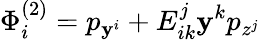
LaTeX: \Phi_{i}^{\left(2\right)}=p_{\mathbf{y}^{i}}+E_{ik}^{j}\mathbf{y}^{k}p_{z^{j}}